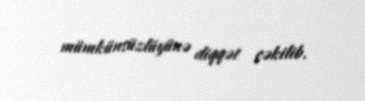
mümkünsüzlüyünə diqqət çəkilib.